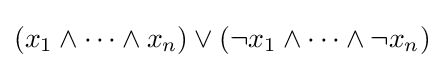
(x_{1}\land \cdots \land x_{n})\lor (\neg x_{1}\land \cdots \land \neg x_{n})